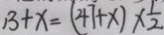
1 3 + x = ( 4 7 + x ) \times \frac { 1 } { 2 }